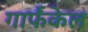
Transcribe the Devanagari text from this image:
गार्फंकेल